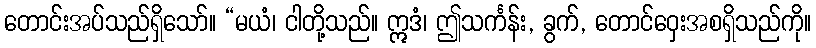
တောင်းအပ်သည်ရှိသော်။ “မယံ၊ ငါတို့သည်။ ဣဒံ၊ ဤသင်္ကန်း, ခွက်, တောင်ဝှေးအစရှိသည်ကို။